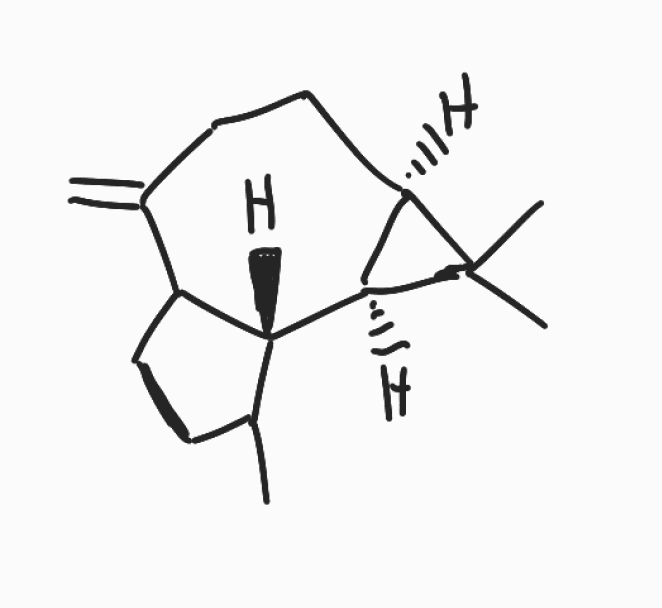
Simplified molecular-input line-entry system (SMILES) notation of the given molecule:
CC1CCC2[C@@H]1[C@H]3[C@H](C3(C)C)CCC2=C